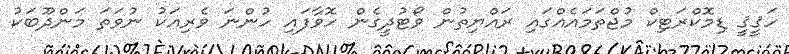
ހަޤީޤީ ޑިމޮކްރަޓިކް މުޖްތަމައެއްގައި ރައްޔިތުން ވޯޓުދީގެން ހޮވާފައި ހުންނަ ވެރިއަކު ނުވަތަ މަންދޫބަކު